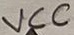
Text: VCC